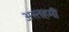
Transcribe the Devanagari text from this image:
अस्तहमीं